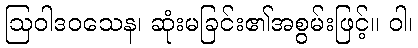
ဩဝါဒဝသေန၊ ဆုံးမခြင်း၏အစွမ်းဖြင့်။ ဝါ၊